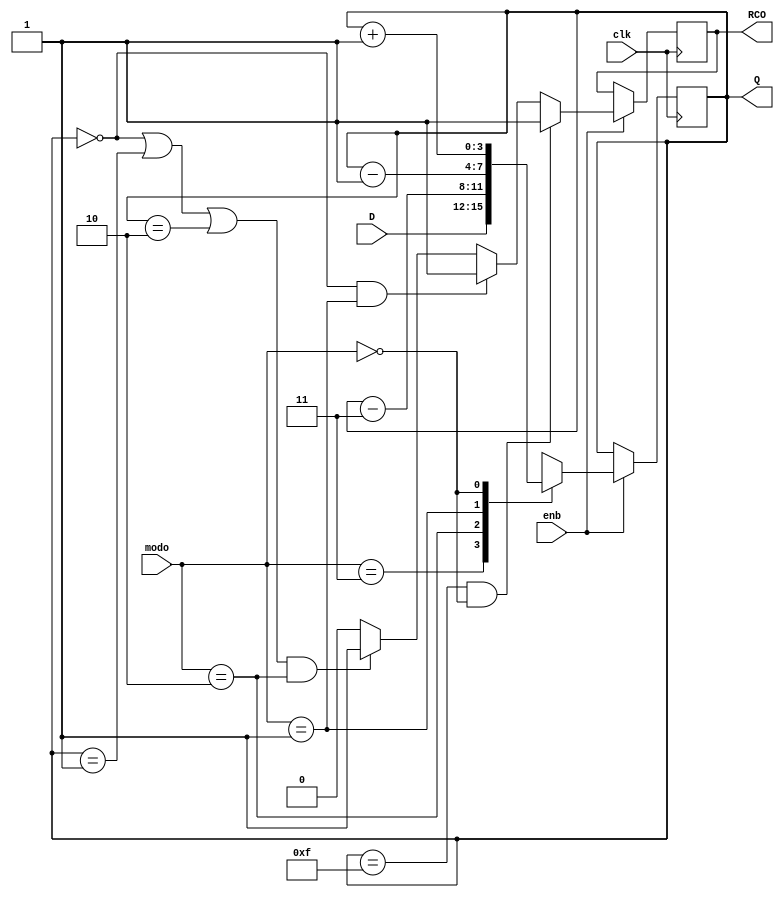
/* Generated by Yosys 0.9 (git sha1 1979e0b) */

(* src = "cont1.v:1" *)
module cont1(Q, RCO, clk, enb, modo, D);
  (* src = "cont1.v:23" *)
  wire [3:0] _00_;
  (* src = "cont1.v:23" *)
  wire _01_;
  (* src = "cont1.v:23" *)
  wire _02_;
  (* src = "cont1.v:23" *)
  wire _03_;
  (* src = "cont1.v:23" *)
  wire _04_;
  (* src = "cont1.v:28" *)
  (* unused_bits = "4 5 6 7 8 9 10 11 12 13 14 15 16 17 18 19 20 21 22 23 24 25 26 27 28 29 30 31" *)
  wire [31:0] _05_;
  (* src = "cont1.v:50" *)
  wire _06_;
  (* src = "cont1.v:50" *)
  wire _07_;
  (* src = "cont1.v:56" *)
  wire _08_;
  (* src = "cont1.v:56" *)
  wire _09_;
  (* src = "cont1.v:65" *)
  wire _10_;
  (* src = "cont1.v:65" *)
  wire _11_;
  (* src = "cont1.v:65" *)
  wire _12_;
  (* src = "cont1.v:50" *)
  wire _13_;
  (* src = "cont1.v:56" *)
  wire _14_;
  (* src = "cont1.v:65" *)
  wire _15_;
  (* src = "cont1.v:65" *)
  wire _16_;
  (* src = "cont1.v:65" *)
  wire _17_;
  wire [3:0] _18_;
  wire _19_;
  (* src = "cont1.v:29" *)
  (* unused_bits = "4 5 6 7 8 9 10 11 12 13 14 15 16 17 18 19 20 21 22 23 24 25 26 27 28 29 30 31" *)
  wire [31:0] _20_;
  (* src = "cont1.v:30" *)
  (* unused_bits = "4 5 6 7 8 9 10 11 12 13 14 15 16 17 18 19 20 21 22 23 24 25 26 27 28 29 30 31" *)
  wire [31:0] _21_;
  (* src = "cont1.v:13" *)
  input [3:0] D;
  (* src = "cont1.v:16" *)
  output [3:0] Q;
  reg [3:0] Q;
  (* src = "cont1.v:17" *)
  output RCO;
  reg RCO;
  (* src = "cont1.v:12" *)
  input clk;
  (* src = "cont1.v:12" *)
  input enb;
  (* src = "cont1.v:14" *)
  input [1:0] modo;
  assign _05_ = Q + (* src = "cont1.v:28" *) 32'd1;
  assign _06_ = Q == (* src = "cont1.v:50" *) 4'hf;
  assign _08_ = ! (* src = "cont1.v:65" *) Q;
  assign _10_ = Q == (* src = "cont1.v:65" *) 4'h1;
  assign _11_ = Q == (* src = "cont1.v:65" *) 4'h2;
  assign _13_ = _06_ && (* src = "cont1.v:50" *) _07_;
  assign _14_ = _08_ && (* src = "cont1.v:56" *) _09_;
  assign _15_ = _17_ && (* src = "cont1.v:65" *) _12_;
  assign _16_ = _08_ || (* src = "cont1.v:65" *) _10_;
  assign _17_ = _16_ || (* src = "cont1.v:65" *) _11_;
  always @(posedge clk)
      Q <= _00_;
  always @(posedge clk)
      RCO <= _01_;
  assign _02_ = _13_ ? (* full_case = 32'd1 *) (* src = "cont1.v:50" *) 1'h1 : _03_;
  assign _01_ = enb ? (* full_case = 32'd1 *) (* src = "cont1.v:24" *) _02_ : RCO;
  function [3:0] _36_;
    input [3:0] a;
    input [15:0] b;
    input [3:0] s;
    (* full_case = 32'd1 *)
    (* src = "cont1.v:31|cont1.v:27" *)
    (* parallel_case *)
    casez (s)
      4'b???1:
        _36_ = b[3:0];
      4'b??1?:
        _36_ = b[7:4];
      4'b?1??:
        _36_ = b[11:8];
      4'b1???:
        _36_ = b[15:12];
      default:
        _36_ = a;
    endcase
  endfunction
  assign _18_ = _36_(4'hx, { _05_[3:0], _20_[3:0], _21_[3:0], D }, { _07_, _09_, _12_, _19_ });
  assign _19_ = modo == (* full_case = 32'd1 *) (* src = "cont1.v:31|cont1.v:27" *) 2'h3;
  assign _12_ = modo == (* full_case = 32'd1 *) (* src = "cont1.v:30|cont1.v:27" *) 2'h2;
  assign _09_ = modo == (* full_case = 32'd1 *) (* src = "cont1.v:29|cont1.v:27" *) 2'h1;
  assign _07_ = ! (* full_case = 32'd1 *) (* src = "cont1.v:28|cont1.v:27" *) modo;
  assign _00_ = enb ? (* full_case = 32'd1 *) (* src = "cont1.v:24" *) _18_ : Q;
  assign _04_ = _15_ ? (* full_case = 32'd1 *) (* src = "cont1.v:65" *) 1'h1 : 1'h0;
  assign _03_ = _14_ ? (* full_case = 32'd1 *) (* src = "cont1.v:56" *) 1'h1 : _04_;
  assign _20_ = Q - (* src = "cont1.v:29" *) 32'd1;
  assign _21_ = Q - (* src = "cont1.v:30" *) 32'd3;
endmodule

(* src = "cont2.v:1" *)
module cont2(Q, RCO, clk, enb, modo, D);
  (* src = "cont2.v:27" *)
  wire [3:0] _00_;
  (* src = "cont2.v:27" *)
  wire _01_;
  (* src = "cont2.v:27" *)
  wire _02_;
  (* src = "cont2.v:27" *)
  wire _03_;
  (* src = "cont2.v:27" *)
  wire _04_;
  (* src = "cont2.v:32" *)
  (* unused_bits = "4 5 6 7 8 9 10 11 12 13 14 15 16 17 18 19 20 21 22 23 24 25 26 27 28 29 30 31" *)
  wire [31:0] _05_;
  wire _06_;
  (* src = "cont2.v:54" *)
  wire _07_;
  (* src = "cont2.v:54" *)
  wire _08_;
  (* src = "cont2.v:60" *)
  wire _09_;
  (* src = "cont2.v:60" *)
  wire _10_;
  (* src = "cont2.v:69" *)
  wire _11_;
  (* src = "cont2.v:69" *)
  wire _12_;
  (* src = "cont2.v:69" *)
  wire _13_;
  (* src = "cont2.v:54" *)
  wire _14_;
  (* src = "cont2.v:60" *)
  wire _15_;
  (* src = "cont2.v:69" *)
  wire _16_;
  (* src = "cont2.v:69" *)
  wire _17_;
  (* src = "cont2.v:69" *)
  wire _18_;
  wire [3:0] _19_;
  wire _20_;
  (* src = "cont2.v:33" *)
  (* unused_bits = "4 5 6 7 8 9 10 11 12 13 14 15 16 17 18 19 20 21 22 23 24 25 26 27 28 29 30 31" *)
  wire [31:0] _21_;
  (* src = "cont2.v:13" *)
  input [3:0] D;
  (* src = "cont2.v:16" *)
  output [3:0] Q;
  reg [3:0] Q;
  (* init = 1'h0 *)
  (* src = "cont2.v:17" *)
  output RCO;
  reg RCO = 1'h0;
  (* src = "cont2.v:12" *)
  input clk;
  (* src = "cont2.v:12" *)
  input enb;
  (* src = "cont2.v:14" *)
  input [1:0] modo;
  assign _05_ = Q + (* src = "cont2.v:32" *) 32'd1;
  assign _06_ = | { _10_, _13_ };
  assign _07_ = Q == (* src = "cont2.v:54" *) 4'hf;
  assign _09_ = ! (* src = "cont2.v:69" *) Q;
  assign _11_ = Q == (* src = "cont2.v:69" *) 4'h1;
  assign _12_ = Q == (* src = "cont2.v:69" *) 4'h2;
  assign _14_ = _07_ && (* src = "cont2.v:54" *) _08_;
  assign _15_ = _09_ && (* src = "cont2.v:60" *) _10_;
  assign _16_ = _18_ && (* src = "cont2.v:69" *) _13_;
  assign _17_ = _09_ || (* src = "cont2.v:69" *) _11_;
  assign _18_ = _17_ || (* src = "cont2.v:69" *) _12_;
  always @(posedge clk)
      Q <= _00_;
  always @(posedge clk)
      RCO <= _01_;
  assign _04_ = _16_ ? (* full_case = 32'd1 *) (* src = "cont2.v:69" *) 1'h1 : 1'h0;
  assign _03_ = _15_ ? (* full_case = 32'd1 *) (* src = "cont2.v:60" *) 1'h1 : _04_;
  assign _02_ = _14_ ? (* full_case = 32'd1 *) (* src = "cont2.v:54" *) 1'h1 : _03_;
  assign _01_ = enb ? (* full_case = 32'd1 *) (* src = "cont2.v:28" *) _02_ : RCO;
  function [3:0] _39_;
    input [3:0] a;
    input [11:0] b;
    input [2:0] s;
    (* full_case = 32'd1 *)
    (* src = "cont2.v:35|cont2.v:31" *)
    (* parallel_case *)
    casez (s)
      3'b??1:
        _39_ = b[3:0];
      3'b?1?:
        _39_ = b[7:4];
      3'b1??:
        _39_ = b[11:8];
      default:
        _39_ = a;
    endcase
  endfunction
  assign _19_ = _39_(4'hx, { _05_[3:0], _21_[3:0], D }, { _08_, _06_, _20_ });
  assign _20_ = modo == (* full_case = 32'd1 *) (* src = "cont2.v:35|cont2.v:31" *) 2'h3;
  assign _13_ = modo == (* full_case = 32'd1 *) (* src = "cont2.v:34|cont2.v:31" *) 2'h2;
  assign _10_ = modo == (* full_case = 32'd1 *) (* src = "cont2.v:33|cont2.v:31" *) 2'h1;
  assign _08_ = ! (* full_case = 32'd1 *) (* src = "cont2.v:32|cont2.v:31" *) modo;
  assign _00_ = enb ? (* full_case = 32'd1 *) (* src = "cont2.v:28" *) _19_ : Q;
  assign _21_ = Q - (* src = "cont2.v:34" *) 32'd1;
endmodule

(* top =  1  *)
(* src = "contador16bits.v:4" *)
module contador16bits(clk, enb, D, modo, Q, RCO);
  (* src = "contador16bits.v:9" *)
  input [15:0] D;
  (* src = "contador16bits.v:11" *)
  output [15:0] Q;
  (* src = "contador16bits.v:12" *)
  output [3:0] RCO;
  (* src = "contador16bits.v:18" *)
  wire a1;
  (* src = "contador16bits.v:19" *)
  wire a2;
  (* src = "contador16bits.v:20" *)
  wire a3;
  (* src = "contador16bits.v:7" *)
  input clk;
  (* src = "contador16bits.v:8" *)
  input enb;
  (* src = "contador16bits.v:10" *)
  input [1:0] modo;
  (* src = "contador16bits.v:21" *)
  wire modo1;
  (* src = "contador16bits.v:16" *)
  wire [15:0] q;
  (* src = "contador16bits.v:17" *)
  wire [3:0] rco1;
  assign modo1 = modo == (* src = "contador16bits.v:26" *) 2'h3;
  assign a1 = modo1 ? (* src = "contador16bits.v:27" *) clk : rco1[0];
  assign a2 = modo1 ? (* src = "contador16bits.v:28" *) clk : rco1[1];
  assign a3 = modo1 ? (* src = "contador16bits.v:29" *) clk : rco1[2];
  (* module_not_derived = 32'd1 *)
  (* src = "contador16bits.v:31" *)
  cont1 U0 (
    .D(D[3:0]),
    .Q(q[3:0]),
    .RCO(rco1[0]),
    .clk(clk),
    .enb(enb),
    .modo(modo)
  );
  (* module_not_derived = 32'd1 *)
  (* src = "contador16bits.v:42" *)
  cont2 U1 (
    .D(D[7:4]),
    .Q(q[7:4]),
    .RCO(rco1[1]),
    .clk(a1),
    .enb(enb),
    .modo(modo)
  );
  (* module_not_derived = 32'd1 *)
  (* src = "contador16bits.v:53" *)
  cont2 U2 (
    .D(D[11:8]),
    .Q(q[11:8]),
    .RCO(rco1[2]),
    .clk(a2),
    .enb(enb),
    .modo(modo)
  );
  (* module_not_derived = 32'd1 *)
  (* src = "contador16bits.v:64" *)
  cont2 U3 (
    .D(D[15:12]),
    .Q(q[15:12]),
    .RCO(rco1[3]),
    .clk(a3),
    .enb(enb),
    .modo(modo)
  );
  assign Q = q;
  assign RCO = rco1;
endmodule